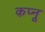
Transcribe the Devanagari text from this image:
कप्नू